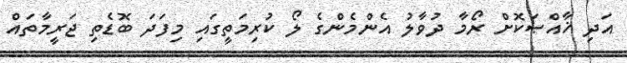
އަދި ޚާއްޞަކޮށް ރޯމާ ދުވާލު އެންމެންގެ ލޯ ކުރިމަތީގައި މިފަދަ ބޮޑެތި ޖަރީމާތައް